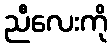
ညီလေးကို